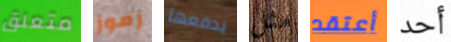
متعلق رموز يدفعها مثل أعتقد أحد